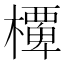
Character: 𭬞